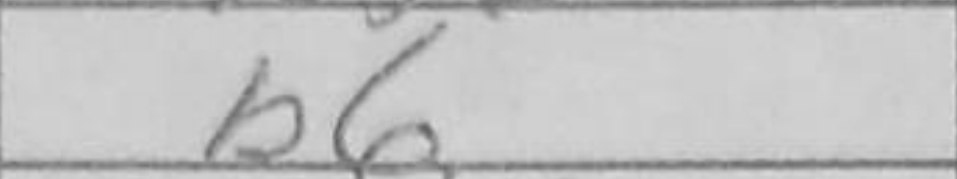
Transcription: b6